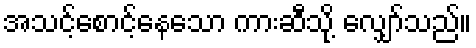
အသင့်စောင့်နေသော ကားဆီသို့ လျှော်သည်။